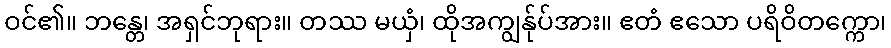
ဝင်၏။ ဘန္တေ၊ အရှင်ဘုရား။ တဿ မယှံ၊ ထိုအကျွန်ုပ်အား။ ဧတံ ဧသော ပရိဝိတက္ကော၊